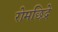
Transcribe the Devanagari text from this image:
रोमछिद्रे